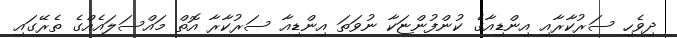
ދިވެހި ސަރުކާރާއި އިންޑިއާގެ ކުންފުންޏަކާ ނުވަތަ އިންޑިއާ ސަރުކާރާ އޮތް މައްސަލައެއްގެ ތެރޭގައި